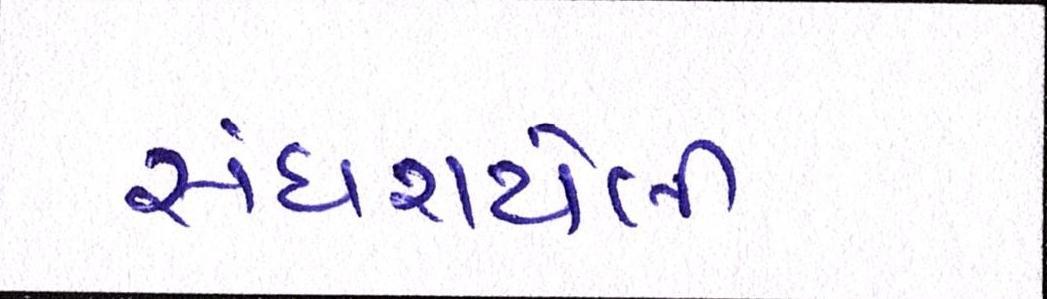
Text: સંઘરાયેલી